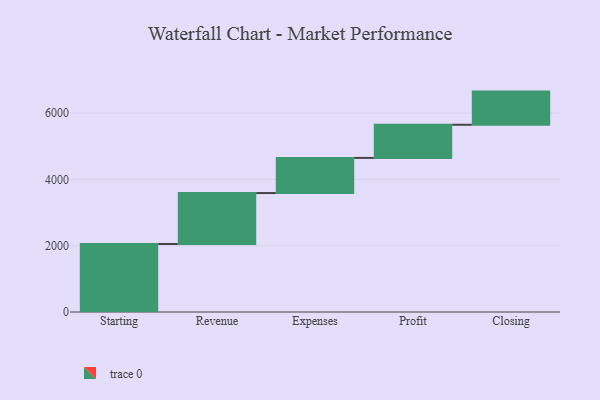
{"axis": {"x": "Step", "y": "Value"}, "legend": [""], "data": [{"x": "Starting", "y": 2051.0, "type": ""}, {"x": "Revenue", "y": 1537.0, "type": ""}, {"x": "Expenses", "y": 1060.0, "type": ""}, {"x": "Profit", "y": 1000, "type": ""}, {"x": "Closing", "y": 1000, "type": ""}]}